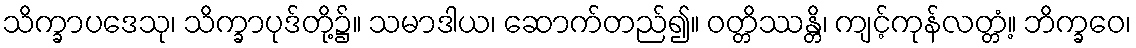
သိက္ခာပဒေသု၊ သိက္ခာပုဒ်တို့၌။ သမာဒါယ၊ ဆောက်တည်၍။ ဝတ္တိဿန္တိ၊ ကျင့်ကုန်လတ္တံ့။ ဘိက္ခဝေ၊